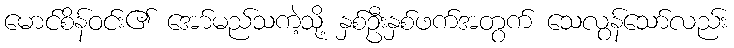
မောင်စိန်ဝင်း၏ အော်မည်သကဲ့သို့ နှစ်ဦးနှစ်ဖက်အတွက် သေလွန်သော်လည်း